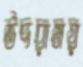
উদরাময়